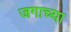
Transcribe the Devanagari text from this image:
जगाच्‍या